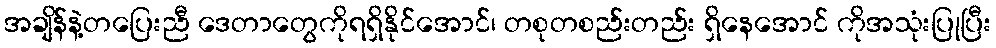
အချိန်နဲ့တပြေးညီ ဒေတာတွေကိုရရှိနိုင်အောင်၊ တစုတစည်းတည်း ရှိနေအောင် ကိုအသုံးပြုပြီး